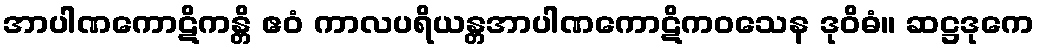
အာပါဏကောဋိကန္တိ ဧဝံ ကာလပရိယန္တအာပါဏကောဋိကဝသေန ဒုဝိဓံ။ ဆဋ္ဌဒုကေ